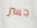
جسر